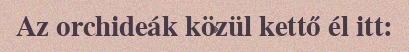
Az orchideák közül kettő él itt: